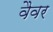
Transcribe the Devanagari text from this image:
वैवर